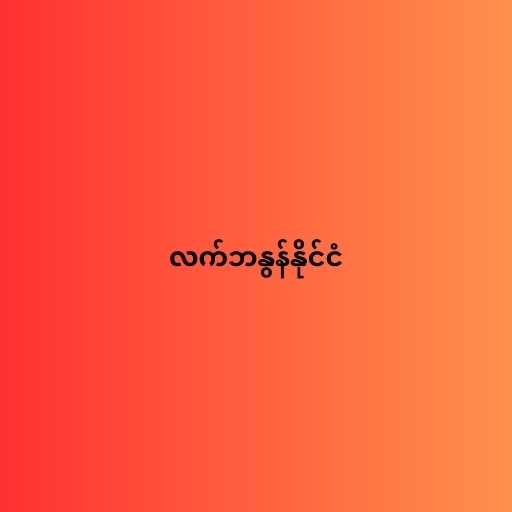
လက်ဘနွန်နိုင်ငံ